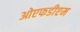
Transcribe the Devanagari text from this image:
ओएफडीएम